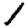
Digit: 1